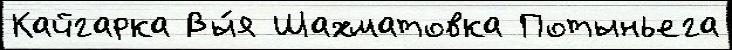
Кайгарка Вы́я Шахматовка Потыньега